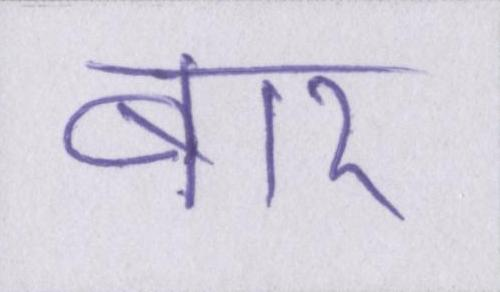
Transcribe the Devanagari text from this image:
बार